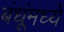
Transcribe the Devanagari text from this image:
बंधूंमध्ये